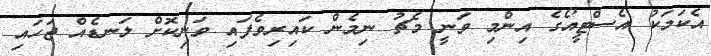
އެކަމަކު އެސްޓީއޯގެ އިންމި ވަނީ މެޗު ނިމެން ކައިރިވެފައި ވަނިކޮށް ލަނޑެއް ޖަހައި